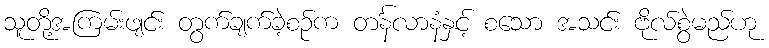
သူတို့အကြမ်းဖျင်း တွက်ချက်ခဲ့စဉ်က တင်္နလာနံနှင့် စသော အသင်း ဗိုလ်စွဲမည်ဟု